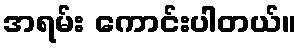
အရမ်း ကောင်းပါတယ်။